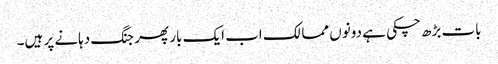
بات بڑھ چکی ہے دونوں ممالک اب ایک بار پھر جنگ دہانے پر ہیں۔